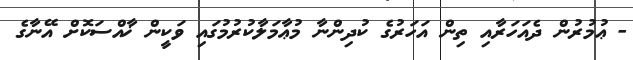
- ޢުމުރުން ދެއަހަރާއި ތިން އަހަރުގެ ކުދިންނާ މުޢާމަލާކުރުމުގައި ވަކީން ޚާއްސަކޮށް އޭނާގެ